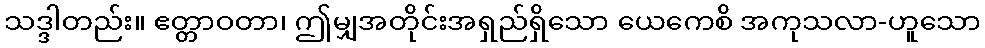
သဒ္ဒါတည်း။ ဧတ္တာဝတာ၊ ဤမျှအတိုင်းအရှည်ရှိသော ယေကေစိ အကုသလာ-ဟူသော